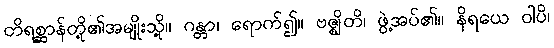
တိရစ္ဆာန်တို့၏အမျိုးသို့။ ဂန္တာ၊ ရောက်၍။ ဗဇ္ဈိတိ၊ ဖွဲ့အပ်၏။ နိရယေ ဝါပိ၊